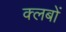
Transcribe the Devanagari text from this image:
क्‍लबों